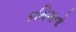
કમિશનો